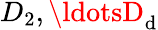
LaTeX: D_{2},\ldotsD_{\mathrm{d}}